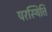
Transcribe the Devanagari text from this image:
परस्थिति